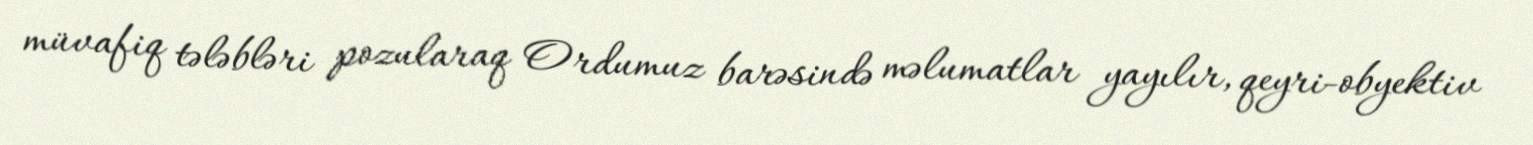
müvafiq tələbləri pozularaq Ordumuz barəsində məlumatlar yayılır, qeyri-obyektiv